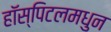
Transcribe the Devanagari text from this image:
हॉस्पिटलमधुन